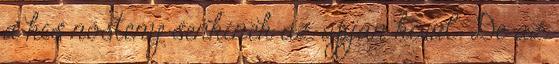
a kis nőstény senkinek az apján kívül. De az